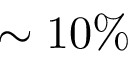
\sim 1 0 \%